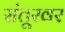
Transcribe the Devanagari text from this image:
संतूरवर